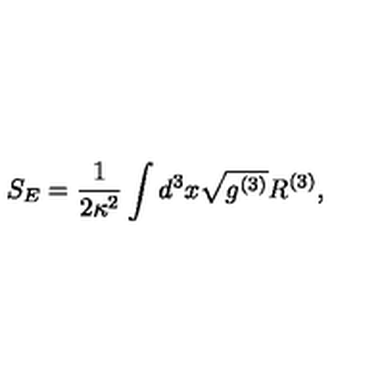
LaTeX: S _ { E } = \frac { 1 } { 2 \kappa ^ { 2 } } \int d ^ { 3 } x \sqrt { g ^ { ( 3 ) } } { R ^ { ( 3 ) } } ,